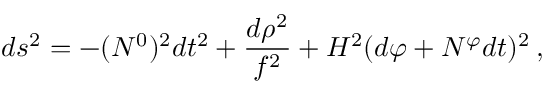
d s ^ { 2 } = - ( N ^ { 0 } ) ^ { 2 } d t ^ { 2 } + \frac { d \rho ^ { 2 } } { f ^ { 2 } } + H ^ { 2 } ( d \varphi + N ^ { \varphi } d t ) ^ { 2 } \: ,